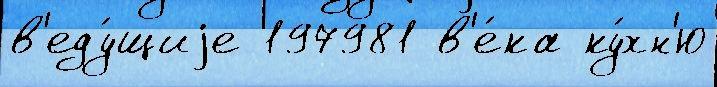
в'еду́щиjе 197981 в'е́ка ку́хн'ю